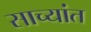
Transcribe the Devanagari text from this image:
साच्यांत